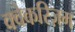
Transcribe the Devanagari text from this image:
क्वेकरिज़्म